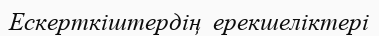
Ескерткіштердің  ерекшеліктері